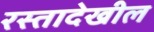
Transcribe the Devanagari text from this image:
रस्तादेखील